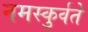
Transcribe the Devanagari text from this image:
नमस्कुर्वते